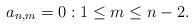
LaTeX: \begin{align*} a_{n,m}=0:1\leq m\leq n-2.\end{align*}